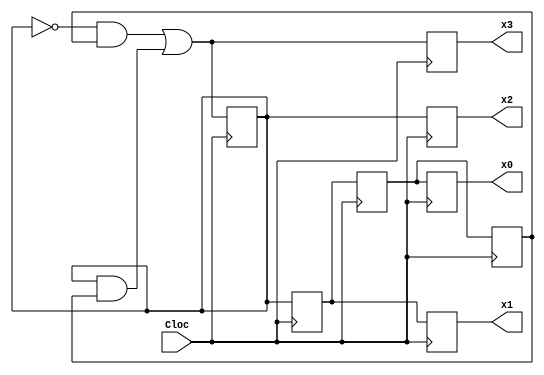
`timescale 1ns / 1ps
//////////////////////////////////////////////////////////////////////////////////
// Company: 
// Engineer: 
// 
// Design Name: 
// Module Name: 5_3
// Project Name: 
// Target Devices: 
// Tool Versions: 
// Description: 
// 
// Dependencies: 
// 
// Revision:
// Revision 0.01 - File Created
// Additional Comments:
// 
//////////////////////////////////////////////////////////////////////////////////

module Hw3 (x3,x2,x1,x0, Cloc);
    input Cloc;
    output x3,x2,x1,x0;
    
    reg x3,x2,x1,x0,f,a,b,c,d;
 
    always @ (posedge Cloc) begin
    f=(~a)&d|a&(-d);
    a<=f;
    b<=a;
    c<=b;
    d<=c;
    x3=f;
    x2=a;
    x1=b;
    x0=c;
    end
    
endmodule